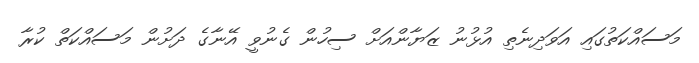
މަސައްކަތުގައި އަވަދިނެތި އުޅުނު ޒަޔާންއަށް ސިހުން ގެނުވީ އޭނާގެ ދަށުން މަސައްކަތް ކުރާ